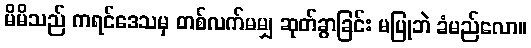
မိမိသည် ကရင်ဒေသမှ တစ်လက်မမျှ ဆုတ်ခွာခြင်း မပြုဘဲ ခံမည်လော။